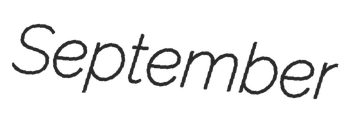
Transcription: September